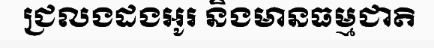
ជ្រលងដងអូរ និងមានធម្មជាតិ